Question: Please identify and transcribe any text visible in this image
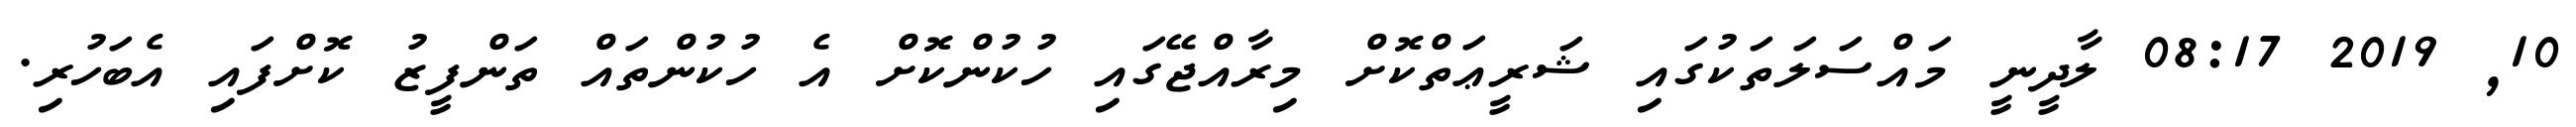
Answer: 10, 2019 08:17 ލާދީނީ މައްސަލަތަކުގައި ޝަރީޢަތްކޮށް މިރާއްޖޭގައި ހުކުންކޮށް އެ ހުކުންތައް ތަންފީޒު ކޮށްފައި އެބަހުރި.